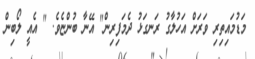
މަޑުމައިތިރި ވަރަށް އަހުލާގު ރަނގަޅު ދެމަފިރިން" އޭނާ ބުންޏެވެ. " އެއީ ލޯބިން